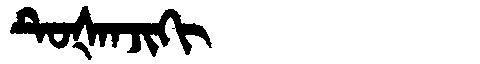
Manchu: ᡨᡠᡧᠠᠨᠵᡳᡴᡳ
Romanization: TUŠANJIKI